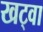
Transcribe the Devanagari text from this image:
खट्वा